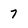
Character: 7